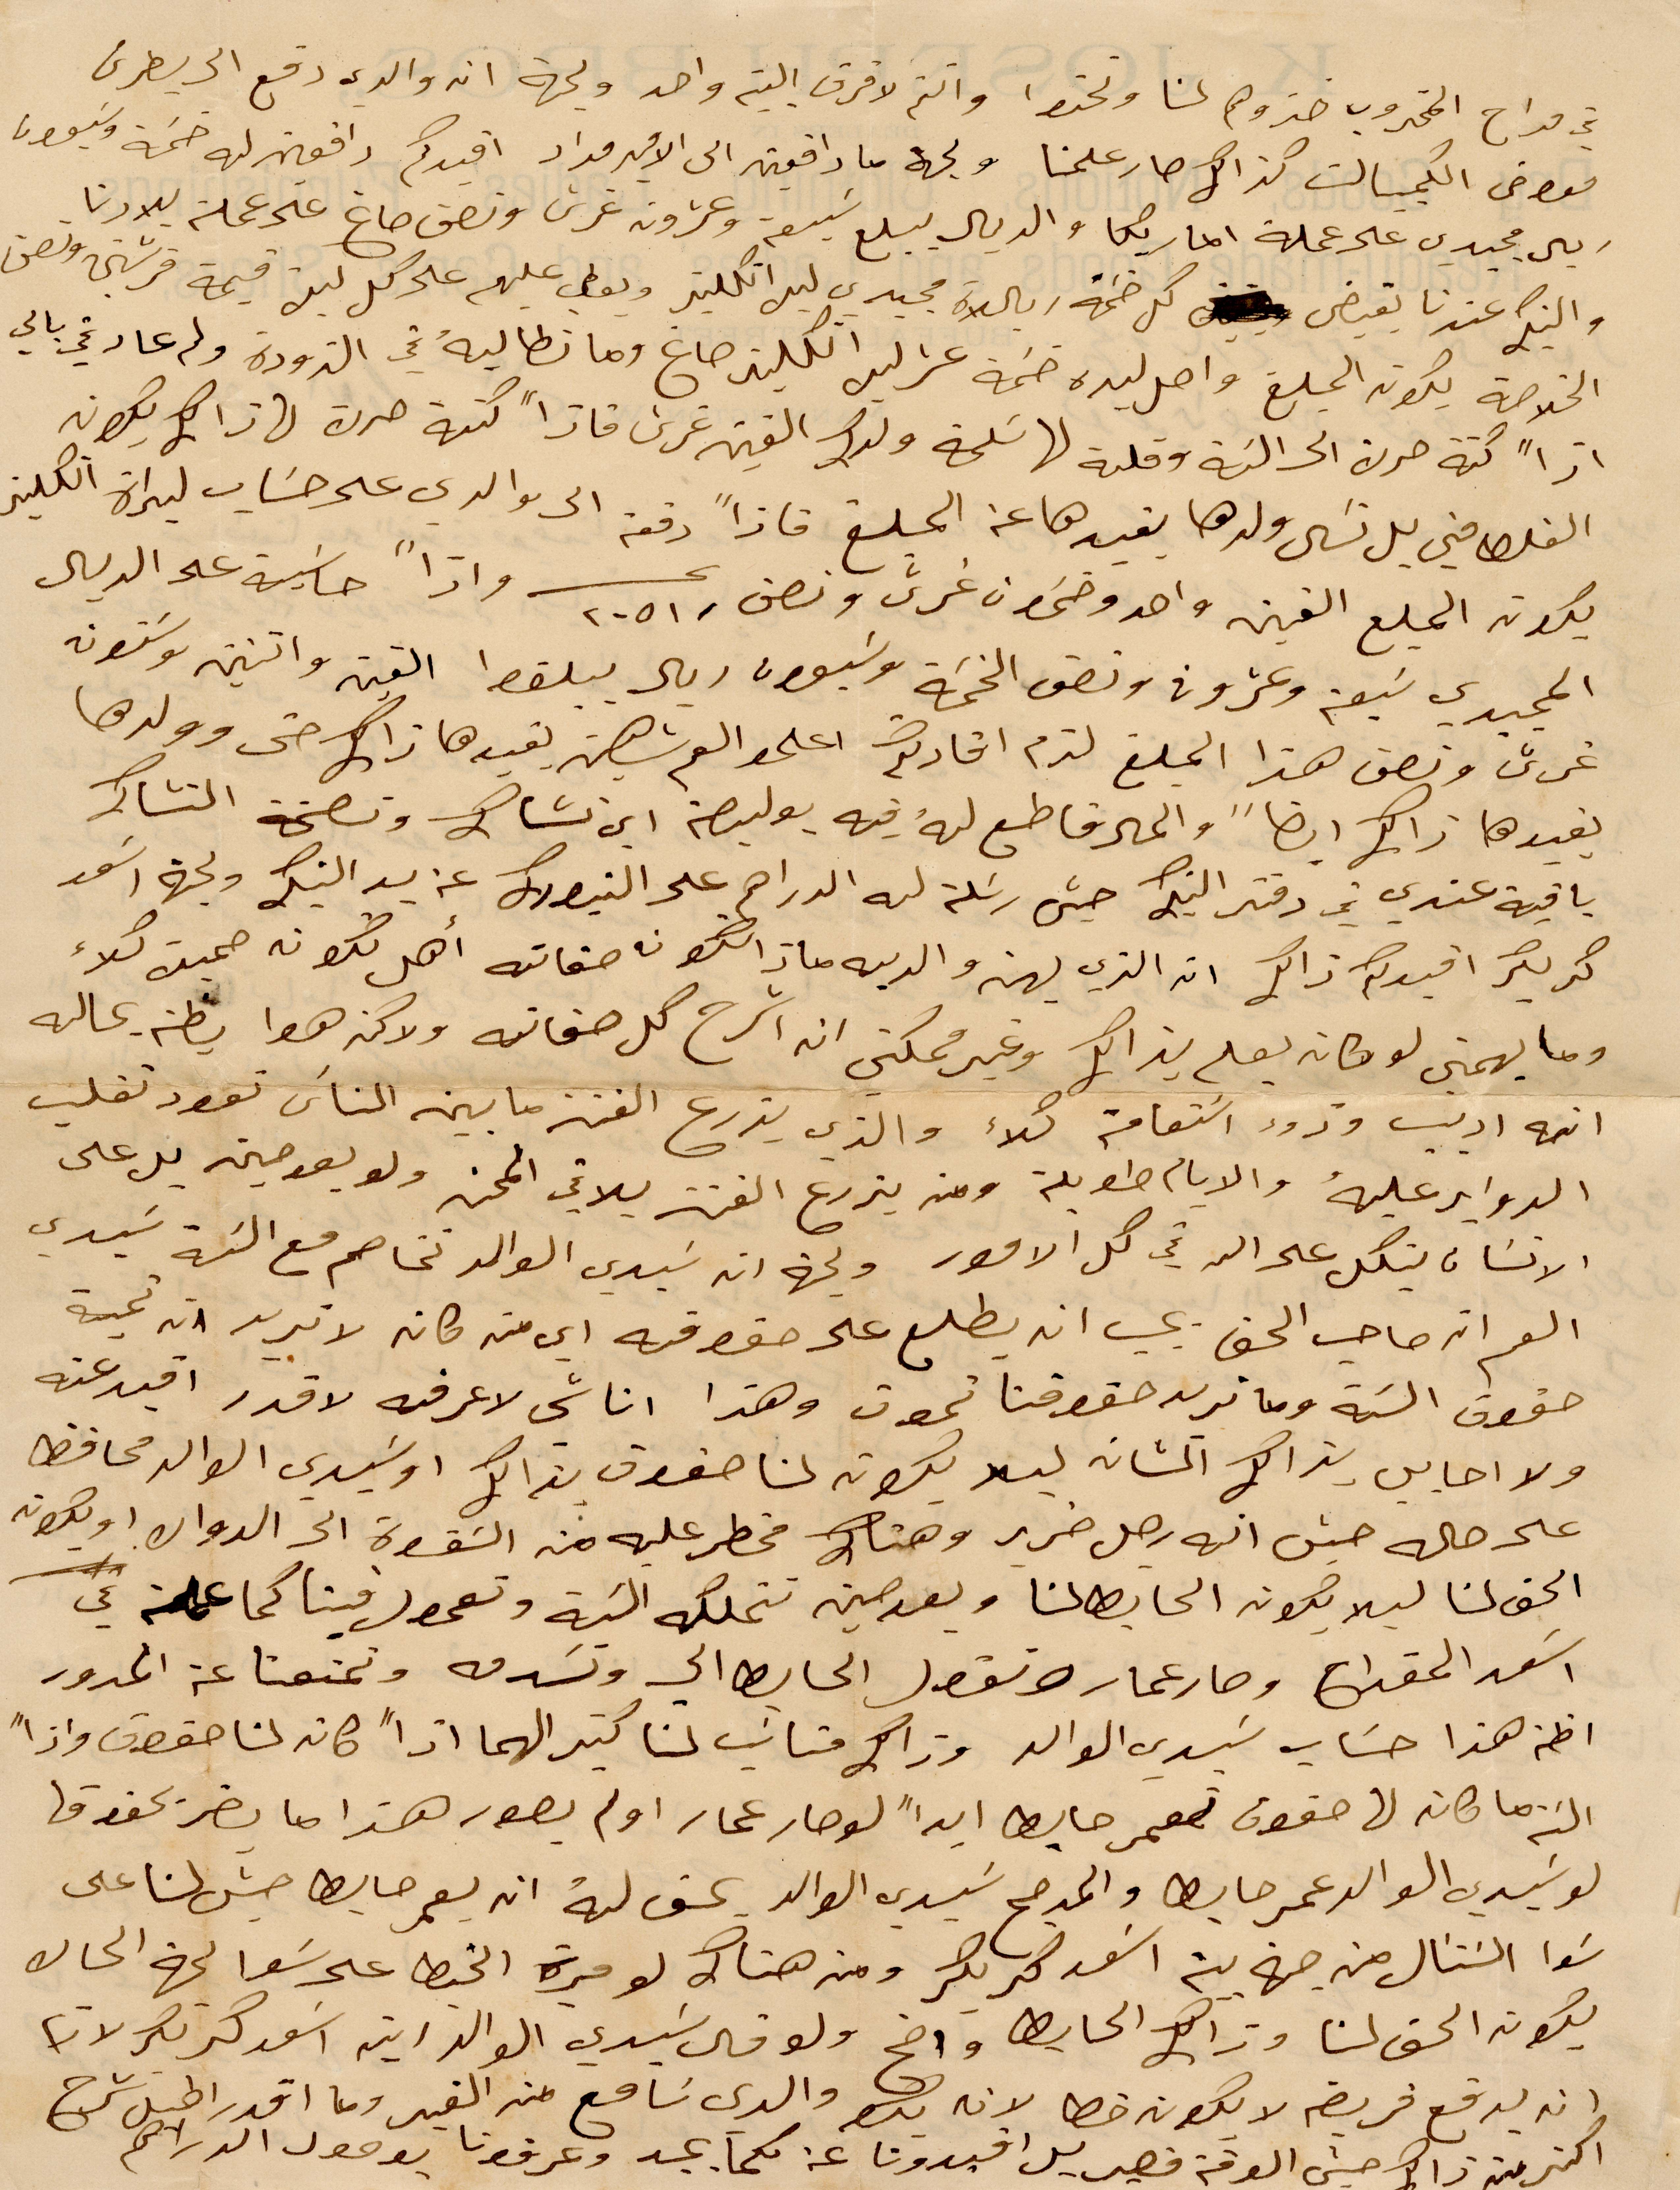
في مداح المخروب خبروهم لنا وتحتوا وانتم لا فرق البيت واحد ولجهة انه والدي دفع الى بطرس
معوض الكمبيالت كذلك صار علمنا ولجهة ما دافعين الى الأمير مداد اقيدكم دافعين له خمسة وسبعون
ريال مجيدي على عملة اميريكا والدين يبلغ سبعة وعشرون غرش ونصف صاغ على عملة بلادنا.
والبنك عندنا يقيض كل ضمة ريالاة مجيدي ليرا انكليز ويعطي عليهم على كل ليف قيمة قرشين ونصف
الخلاصة يكون المبلغ واصل ليده ضمة %% انكليز صاغ وما تطالبه في التدودة ولم عاد يجي بالي
ازًا كفة حرن الى النية وقلة لها تسلخه ولدك الفين غرش كنهة حرك لها ذالك يكون
الغلط مني بل نسي ولدها يفيدها عن المبلغ فاذًا دفعة الى والدي على حساب ليراة انكليز
يكون المبلغ الفين واحد وخمسون غرش ونصف ٢٠٥١ عشر واذًا حاسبه على الريال
المجيدي سبعة وعشرون ونصف الضمة وسبعون ريال يبلقط القيمة واتنين وستون
غرش ونصف هذا المبلغ لزم افادتكم اعلموا العم شهين يقيدها ذاك حتى وولدها
يفيدها ذاك ايضًا والمال فاطبع له فيه بوليصة ابن  %% ونصيحة التشاك
باقية عندي في دفتر البنك حين رسلت له الدراهم على النيورك عن يد البنك ولجهة اسعد
كتر لكر اقيدكم ذالك ان الذي لهن والديه ماذا تكون صفاته اهل يكون حميك كلاء
وما يهمني لو كان يعلم بذالك وغير مكني ان اشرح له صفاته ولان هوا يظن عاليه
انه اديب ودود استقامه كلاء والذي يزرع الفتن ما بين الناس تعود تقلب
الدواير عليه والأيام طويلة ومن يزرع الفتن يلاقي المحن ولو بعد حين بل على
الانسان يتكل على الله في كل الأمور ولجهة انه سيدي الوالد تخاصم مع نية سيدي
العم انه صاحب الحق يجب ان يطلع على حقوقه أي من كان لا تريد انه تحية
حقوق السنة وما نريد حقوقنا تموت وهذا اناسي لاعرفه لاقدر اقيد عنه
ولا احابب بذالك المشابه ليلا يكون لنا حقوق بذالك وسيدي الوالد محافظ
على حاله حيث انه رجل ضرير وهناك مخطر عليه من الشقوة الى الجوال او يكون
الحق لنا ليلا يكون الحابط لنا وبعد حين تتملكه النية وتحمول فينا كما علمت عن
اسعد المقداح وصار عمال نقول الحابط الى وتشدقه وتمنعنا عن المدور
اظن هذا حساب سيدي الوالد وذاك متاتي لنا كتير الهما اذًا كان لنا حقوق واذا
البتة ما كان لها حقوق تعمر حابطًا ايدًا لو صار عمار او لم يصور هذا ما يضر بحقوق
لو سيدي الوالد عمرها حابطا والمدمح سيدي الوالد يحق له اه يعمرها حيث لنا على
شوا الشتال من جهة بين اسعد مريكر ومن هناك لو ميرة الخيط على سَعا لجهة الحالط
يكون الحق لنا وذاك الحابط واضح ولو قال سيدي الوالد ريته اسعد كريكر لانها
انه يدفع فريضة لا يكون خطا يبعد والدي نامع من الكفير وما اقدر اطيل شرح
اكثر من ذاك حيث الوقت قصير بل افيدونا عن كما وعرفونا بوصول الدراهم